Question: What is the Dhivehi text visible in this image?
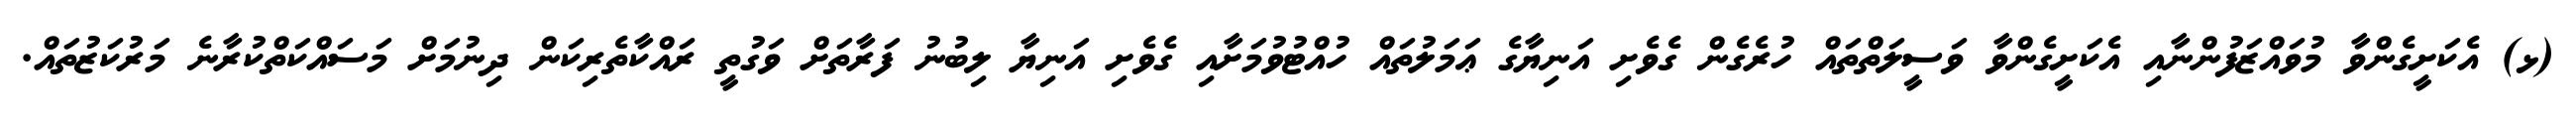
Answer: (ޅ) އެކަށީގެންވާ މުވައްޒަފުންނާއި އެކަށީގެންވާ ވަސީލަތްތައް ހުރެގެން ގެވެށި އަނިޔާގެ ޢަމަލުތައް ހުއްޓުވުމަށާއި ގެވެށި އަނިޔާ ލިބުނު ފަރާތަށް ވަގުތީ ރައްކާތެރިކަން ދިނުމަށް މަސައްކަތްކުރާނެ މަރުކަޒުތައް.